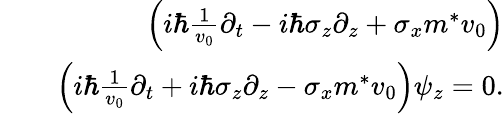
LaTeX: \begin{array}{rlr}&{}&{\left(i\hbar\frac{1}{v_{0}}\partial_{t}-i\hbar\sigma_{z}\partial_{z}+\sigma_{x}m^{*}v_{0}\right)}\\ &{}&{\left(i\hbar\frac{1}{v_{0}}\partial_{t}+i\hbar\sigma_{z}\partial_{z}-\sigma_{x}m^{*}v_{0}\right)\psi_{z}=0.}\end{array}